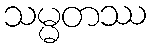
သမ္မတဿ